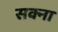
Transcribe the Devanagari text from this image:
सक्ना